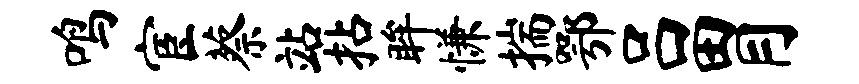
鸣宦蔡站拈眸慊揣鄂吕胃